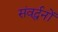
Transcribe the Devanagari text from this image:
संवर्द्धनों